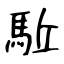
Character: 駈